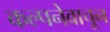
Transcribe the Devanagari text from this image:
कल्पनेवाचून